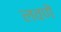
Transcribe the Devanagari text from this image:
लवणें